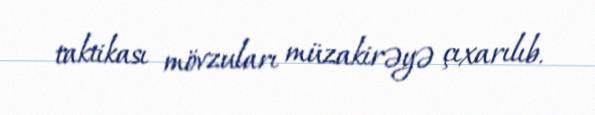
taktikası mövzuları müzakirəyə çıxarılıb.